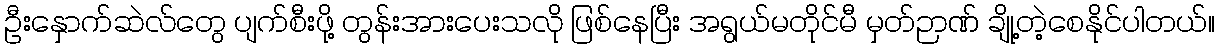
ဦးနှောက်ဆဲလ်တွေ ပျက်စီးဖို့ တွန်းအားပေးသလို ဖြစ်နေပြီး အရွယ်မတိုင်မီ မှတ်ဉာဏ် ချို့တဲ့စေနိုင်ပါတယ်။